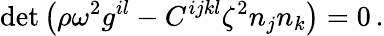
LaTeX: \operatorname*{det}\left(\rho\omega^{2}g^{il}-C^{ijkl}\zeta^{2}n_{j}n_{k}\right)=0\, .